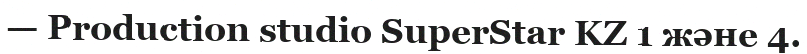
— Production studio SuperStar KZ 1 және 4.